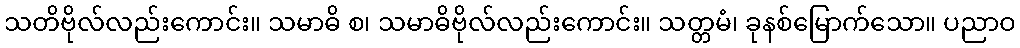
သတိဗိုလ်လည်းကောင်း။ သမာဓိ စ၊ သမာဓိဗိုလ်လည်းကောင်း။ သတ္တမံ၊ ခုနစ်မြောက်သော။ ပညာဝ